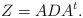
LaTeX: \begin{align*}Z = A D A^t.\end{align*}